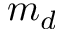
m _ { d }